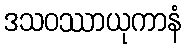
ဒသဝဿာယုကာနံ